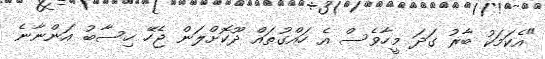
"އެކަމަކު ބާރު ގަދަ މީހާވެސް އެ ހައްގުތައް ދޫކޮށްލަން ޖެހޭ ހިސާބު އަންނާނެ